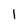
Character: I